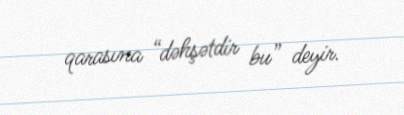
qarasına “dəhşətdir bu” deyir.